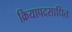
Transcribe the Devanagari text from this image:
क्रियापदसाधित